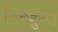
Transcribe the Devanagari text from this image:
तिरूक्कुरल